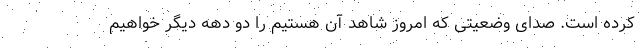
کرده است. صدای وضعیتی که امروز شاهد آن هستیم را دو دهه دیگر خواهیم